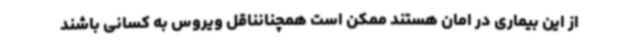
از این بیماری در امان هستند ممکن است همچنانناقل ویروس به کسانی باشند